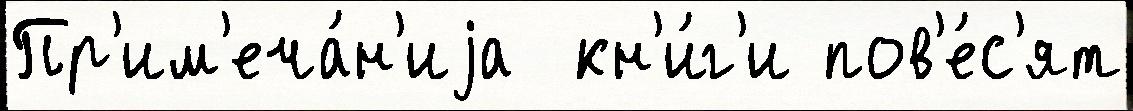
Пр'им'еча́н'иjа  кн'и́г'и пов'е́с'ят